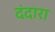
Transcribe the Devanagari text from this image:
दंदारा